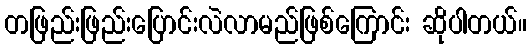
တဖြည်းဖြည်းပြောင်းလဲလာမည်ဖြစ်ကြောင်း ဆိုပါတယ်။